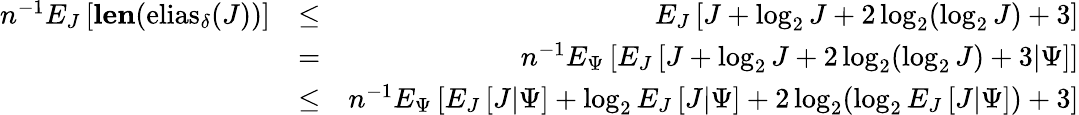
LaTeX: \begin{array}{rlr}{n^{-1}E_{J}\left[{\mathbf{len}(\mathrm{elias}_{\delta}(J))}\right]}&{\leq}&{E_{J}\left[J+\log_{2}J+2\log_{2}(\log_{2}J)+3\right]}\\ &{=}&{n^{-1}E_{\Psi}\left[E_{J}\left[J+\log_{2}J+2\log_{2}(\log_{2}J)+3|\Psi\right]\right]}\\ &{\leq}&{n^{-1}E_{\Psi}\left[E_{J}\left[J|\Psi\right]+\log_{2}E_{J}\left[J|\Psi\right]+2\log_{2}(\log_{2}E_{J}\left[J|\Psi\right])+3\right]}\end{array}